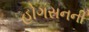
હોગસનની